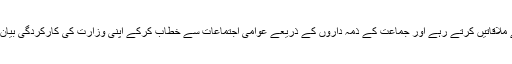
ہر جگہ جماعت اسلامی کے ذمہ داروں کو بھی اطلاع دے کر ان سے ملاقاتیں کرتے رہے اور جماعت کے ذمہ داروں کے ذریعے عوامی اجتماعات سے خطاب کرکے اپنی وزارت کی کارکردگی بیان کرکے عوام کے سوالات اور شکایات سن کر مدلل جواب دیتے تھے۔